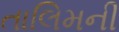
તાલિમની